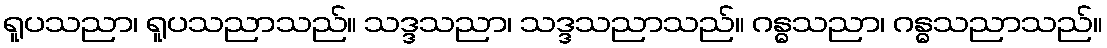
ရူပသညာ၊ ရူပသညာသည်။ သဒ္ဒသညာ၊ သဒ္ဒသညာသည်။ ဂန္ဓသညာ၊ ဂန္ဓသညာသည်။